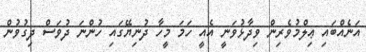
އަނެއްބައި ޢިލްމުވެރިން ވިދާޅުވަނީ އެއީ ހަމަ މީހާ ދުނިޔޭގައި ހުންނަ ދުވަސް ދިގުވުން